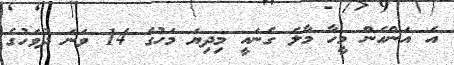
އެ އަންހެން މީހާ މާލެ ގެނައީ މިދިޔަ މަހުގެ 14 ވަނަ ދުވަހުގެ